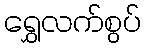
ရွှေလက်စွပ်